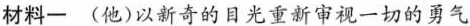
材料一 (他)以新奇的目光重新审视一切的勇气